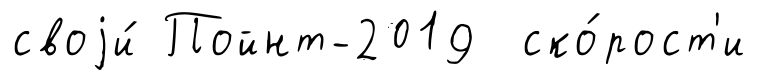
своjи́ Пойнт-2019 ско́рост'и